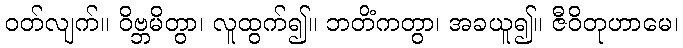
ဝတ်လျက်။ ဝိဗ္ဘမိတွာ၊ လူထွက်၍။ ဘတိံကတွာ၊ အခယူ၍။ ဇီဝိတုဟာမေ၊